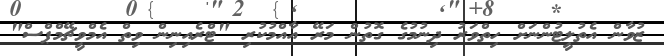
ޒުވާން އެތުލީޓުންނަށް ހިތްވަރު ދިނުމުގެ ގޮތުން މަރޭ އާއްމުކުރި "ޓްރެއިނިން ވިތް އެމްވީޗޭމްޕްސް"